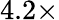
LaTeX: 4.2\times